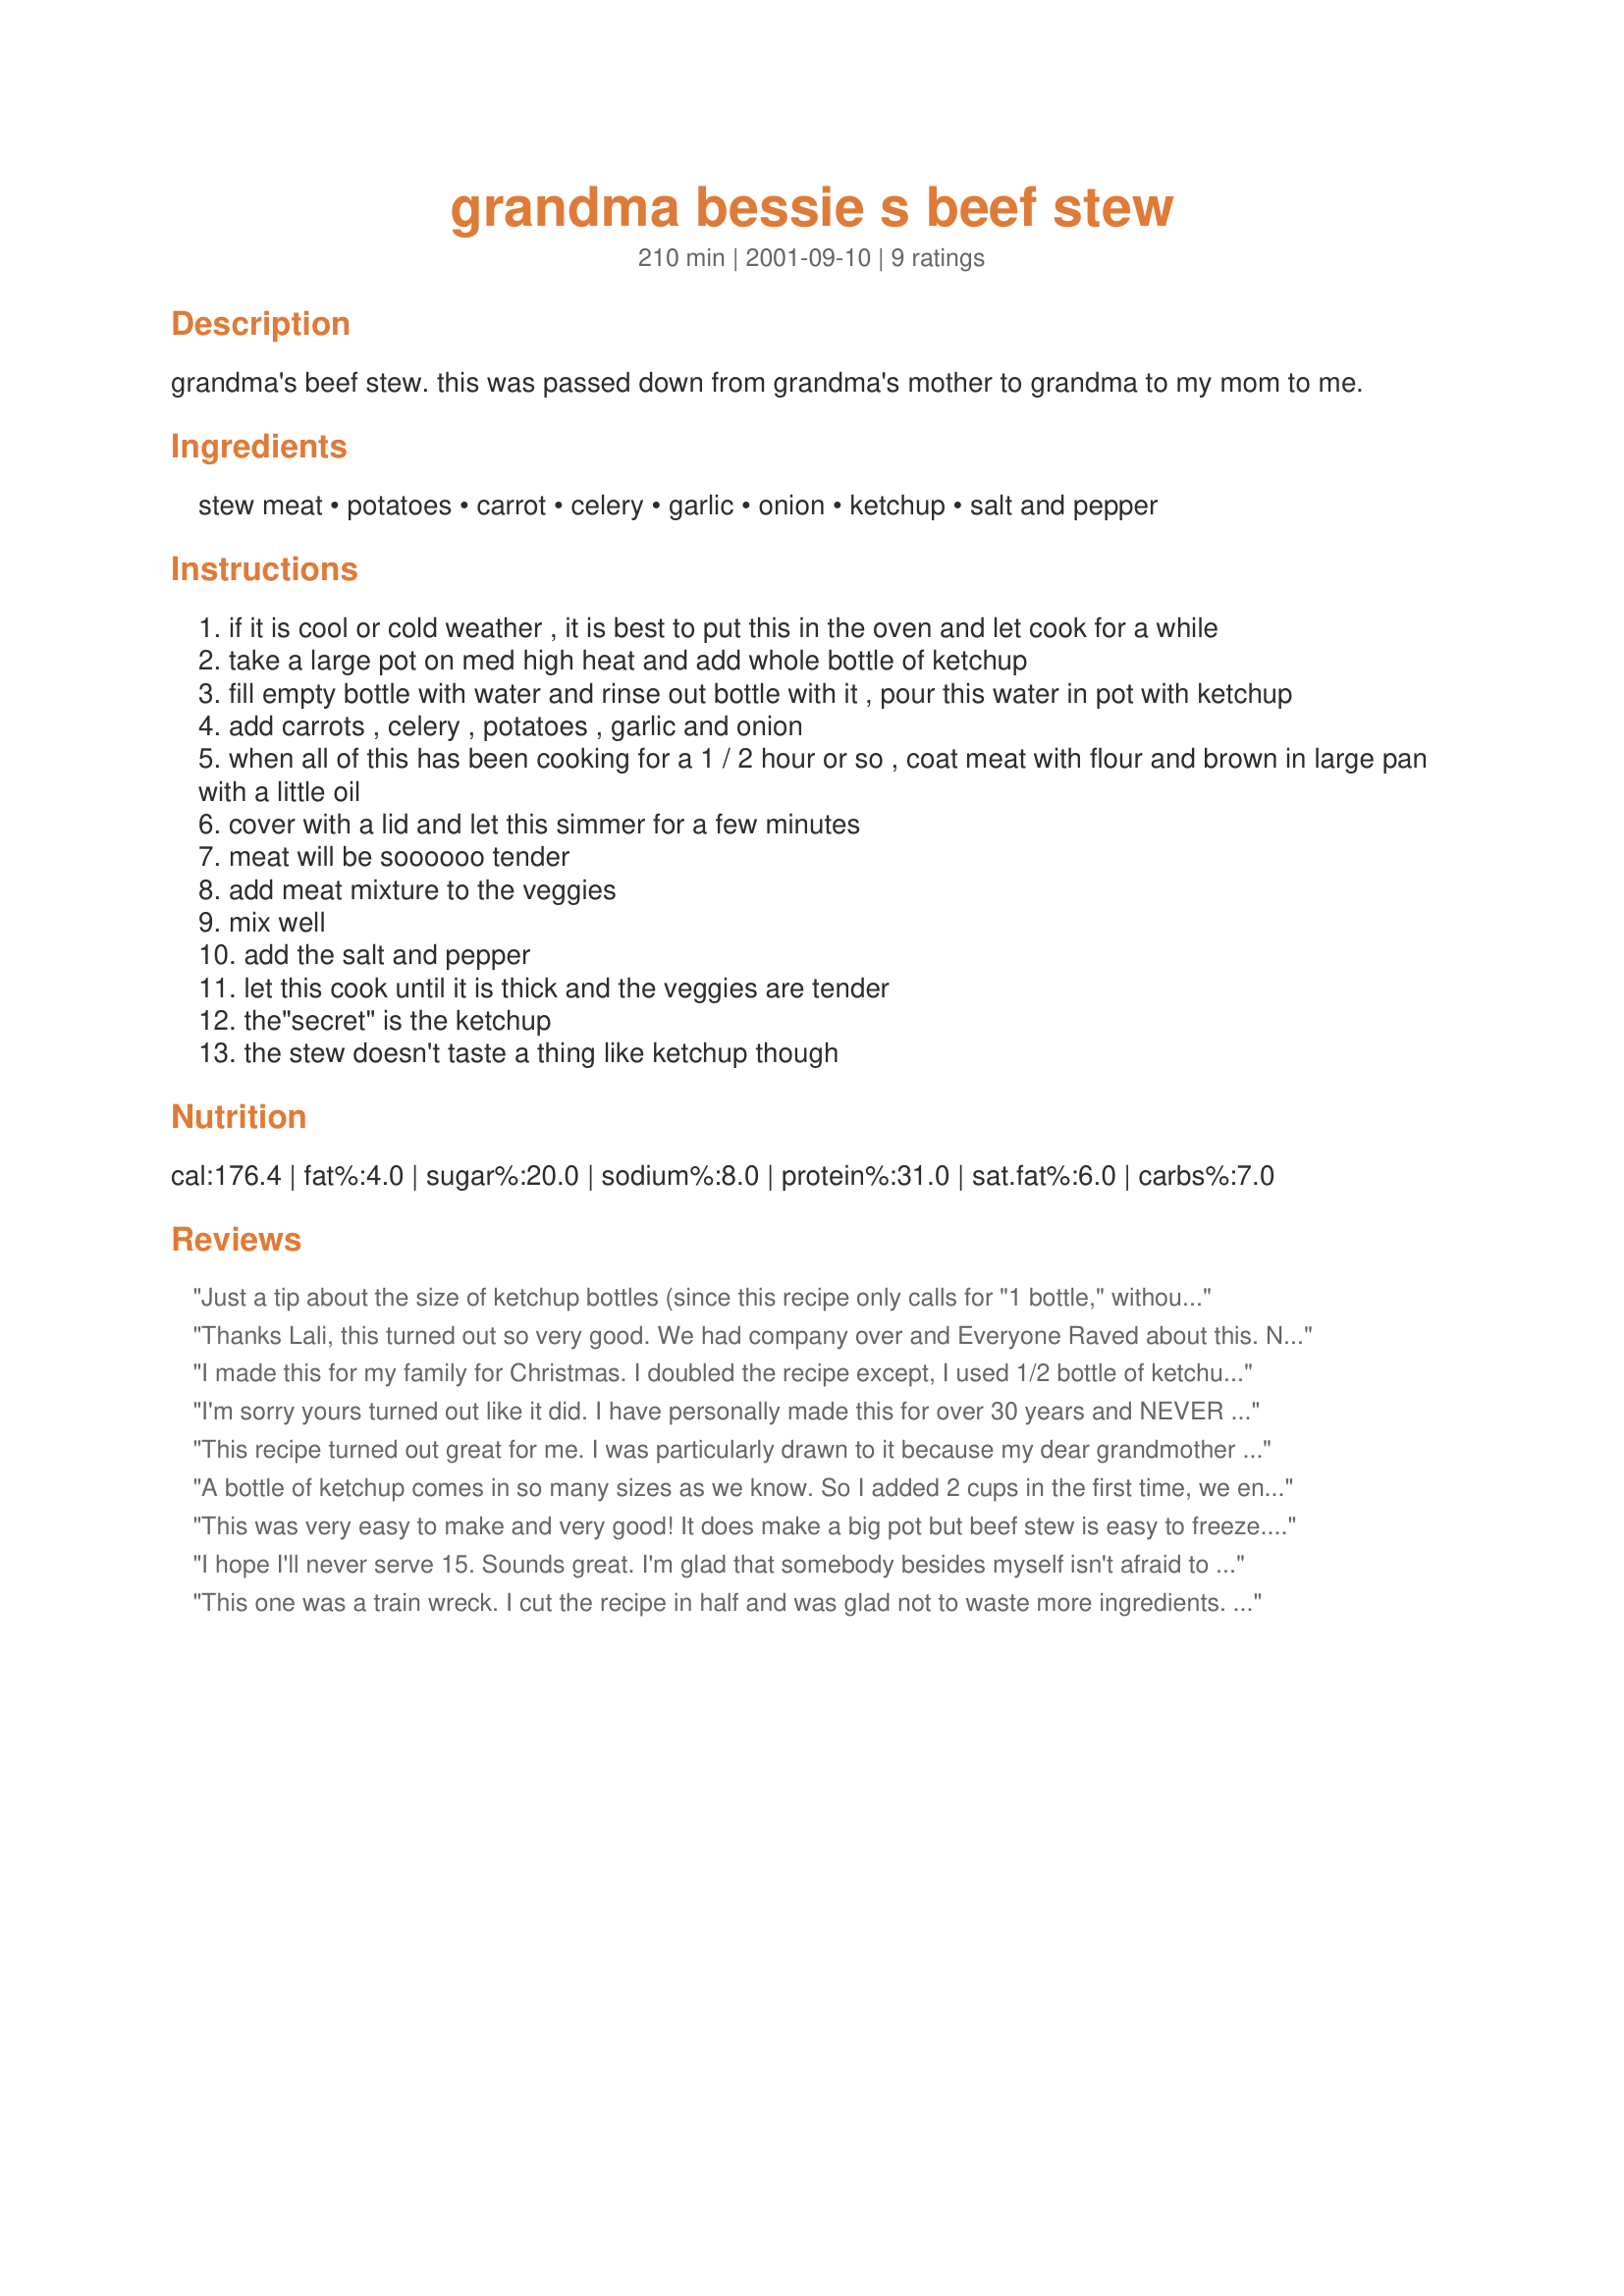
grandma bessie s beef stew
Preparation time: 210 minutes

grandma's beef stew. this was passed down from grandma's mother to grandma to my mom to me.

Ingredients:
stew meat, potatoes, carrot, celery, garlic, onion, ketchup, salt and pepper

Steps:
if it is cool or cold weather , it is best to put this in the oven and let cook for a while
take a large pot on med high heat and add whole bottle of ketchup
fill empty bottle with water and rinse out bottle with it , pour this water in pot with ketchup
add carrots , celery , potatoes , garlic and onion
when all of this has been cooking for a 1 / 2 hour or so , coat meat with flour and brown in large pan with a little oil
cover with a lid and let this simmer for a few minutes
meat will be soooooo tender
add meat mixture to the veggies
mix well
add the salt and pepper
let this cook until it is thick and the veggies are tender
the"secret" is the ketchup
the stew doesn't taste a thing like ketchup though

Reviews:
Just a tip about the size of ketchup bottles (since this recipe only calls for "1 bottle," without any specific measurements). A small size glass bottle of ketchup measures about 1 1/4 cups (300ml) and weighs 14 ounces (397grams). Hopefully this will help out those wondering how much ketchup to add when they have a more modern sized ketchup bottle.
Thanks Lali, this turned out so very good. We had company over and Everyone Raved about this. Not much in the way of leftovers either.
I made this for my family for Christmas. I doubled the recipe except, I used 1/2 bottle of ketchup, 1/2 a large onion and added fresh bell peppers. I also marinated the beef in a mesquite marinade for 24 hours before cooking. Once together with the veggies, I let it simmer on the stove for 10 hours. It chilled over night in the frigde and was re-heated on at my mom's in about 20 minutes.

My family is very picky about what they eat and they have turned down things that I have made for them before, but this time they eat every last drop. Then, my grandmother asked me for the recipe!

This is a winner with a few tweeks.
I'm sorry yours turned out like it did. I have personally made this for over 30 years and NEVER once has it tasted like Ketchup. I don't know what you did wrong but I am truly sorry. This is really very good. Granted, it does make a lot. Growing up in a large family you learn to cook for an army.
This recipe turned out great for me. I was particularly drawn to it because my dear grandmother was named Bessie....anyways...turned out wonderfully...thanks
A bottle of ketchup comes in so many sizes as we know. So I added 2 cups in the first time, we enjoyed it but I feel 1 cup would be sufficient. Will fix again using less ketchup. 
UPDATE: One week later...I wanted to inform you that, Grandma Bessie''s Beef Stew was a complete success this time. The one cup of ketchup was just the right amount.
This was very easy to make and very good! It does make a big pot but beef stew is easy to freeze. I will definitely make again and keep in my recipe file.
I hope I'll never serve 15.
Sounds great. I'm glad that somebody besides myself isn't afraid to use ketchup. The vinegar, and spices. Great stuff.
This one was a train wreck.
I cut the recipe in half and was glad not to waste more ingredients.
It had the worst flavor of ketchup.
No one in our large family would eat it and had to throw the entire thing away.
This was one of those recipes that we wonder how anyone could make this and think it's good.
